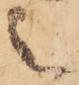
之